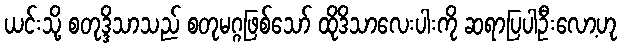
ယင်းသို့ စတုဒ္ဒိသာသည် စတုမဂ္ဂဖြစ်သော် ထိုဒိသာလေးပါးကို ဆရာပြပါဦးလော့ဟု